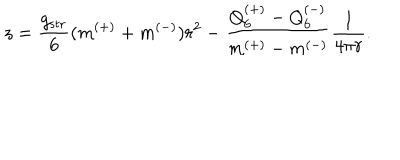
LaTeX: z = \frac { g _ { \mathrm { s t r } } } { 6 } ( m ^ { ( + ) } + m ^ { ( - ) } ) r ^ { 2 } - \frac { Q _ { 6 } ^ { ( + ) } - Q _ { 6 } ^ { ( - ) } } { m ^ { ( + ) } - m ^ { ( - ) } } \frac { 1 } { 4 \pi r } .